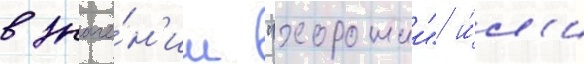
в значе́н'ии "хорошии" и́л'и